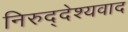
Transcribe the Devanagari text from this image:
निरुद्देश्यवाद